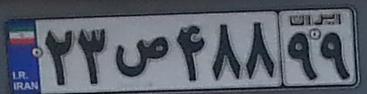
۲۳ص۴۸۸۹۹